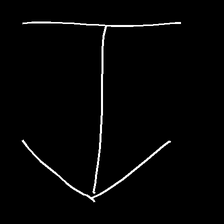
Glyph: levitation